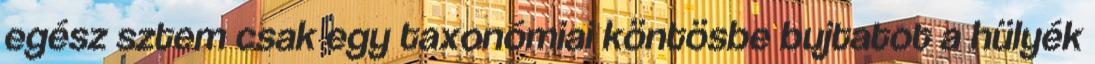
egész sztem csak egy taxonómiai köntösbe bujtatot a hülyék